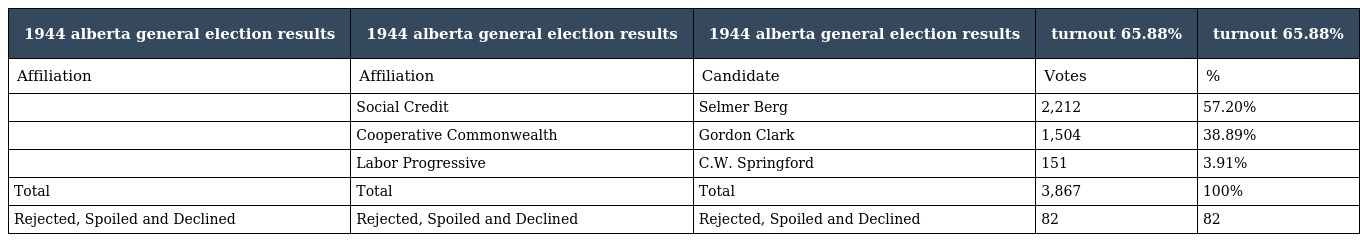
| 1944 alberta general election results | 1944 alberta general election results | 1944 alberta general election results | turnout 65.88% | turnout 65.88% |
 | --- | --- | --- | --- | --- |
 | Affiliation | Affiliation | Candidate | Votes | % |
 |  | Social Credit | Selmer Berg | 2,212 | 57.20% |
 |  | Cooperative Commonwealth | Gordon Clark | 1,504 | 38.89% |
 |  | Labor Progressive | C.W. Springford | 151 | 3.91% |
 | Total | Total | Total | 3,867 | 100% |
 | Rejected, Spoiled and Declined | Rejected, Spoiled and Declined | Rejected, Spoiled and Declined | 82 | 82 |